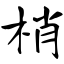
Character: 梢